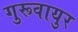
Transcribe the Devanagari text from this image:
गुरूवायुर